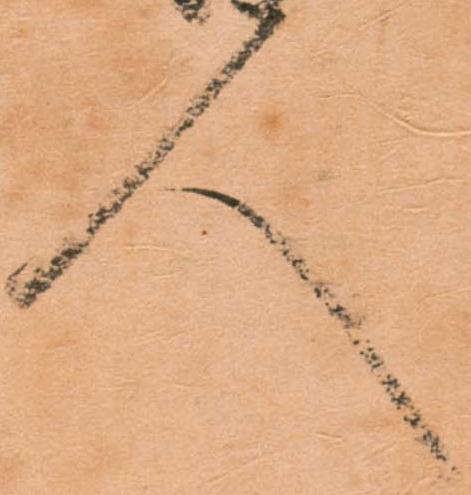
人